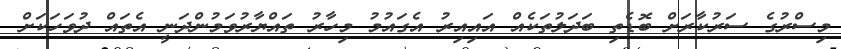
މިސްރުގެ ސަރުކާރަށް ބޮޑެތި ބަދަލުތަކެއް އައިއިރު އެގައުމު މިހާރު ތައްޔާރުވަމުންދަނީ އެތައް ދުވަހަކަށް